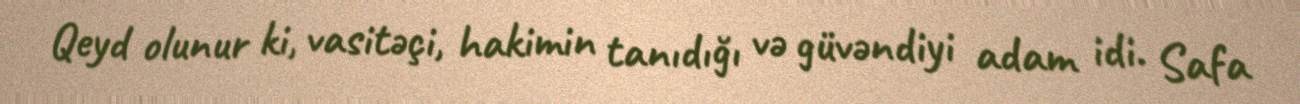
Qeyd olunur ki, vasitəçi, hakimin tanıdığı və güvəndiyi adam idi. Safa